Report on vaccination North-West Frontier Province 1904-1922 - 1904-1922
Year: 1904
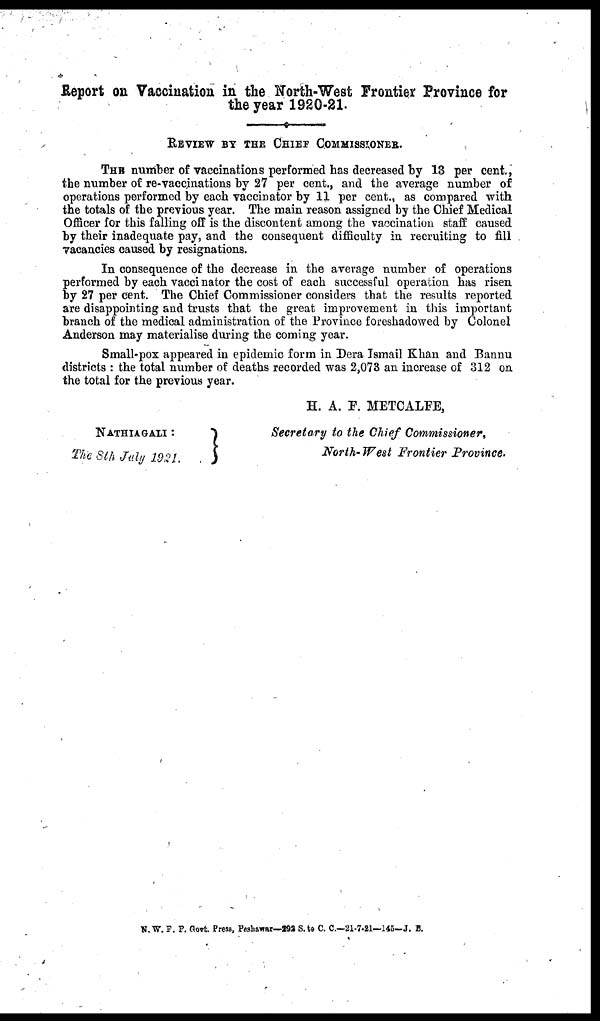
Report on Vaccination in the North-West Frontier Province for
the year 1920-21.
REVIEW BY THE CHIEF COMMISSIONER.
THE number of vaccinations performed has decreased by 13 per cent.,
the number of re-vaccinations by 27 per cent., and the average number of
operations performed by each vaccinator by 11 per cent., as compared with
the totals of the previous year. The main reason assigned by the Chief Medical
Officer for this falling off is the discontent among the vaccination staff caused
by their inadequate pay, and the consequent difficulty in recruiting to fill
vacancies caused by resignations.
In consequence of the decrease in the average number of operations
performed by each vaccinator the cost of each successful operation has risen
by 27 per cent. The Chief Commissioner considers that the results reported
are disappointing and trusts that the great improvement in this important
branch of the medical administration of the Province foreshadowed by Colonel
Anderson may materialise during the coming year.
Small-pox appeared in epidemic form in Dera Ismail Khan and Bannu
districts : the total number of deaths recorded was 2,073 an increase of 312 on
the total for the previous year.
NATHIGALI :
The 8th July 1921.
H. A. F. METCALFE,
Secretary to the Chief Commissioner,
North-West Frontier Province.
N. W. F. P. Govt. Press, Peshawar—292 S. to C. C—21-7-21—145—J. B.